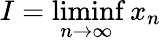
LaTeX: I=\operatorname*{liminf}_{n\to\infty}x_{n}